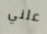
علني